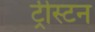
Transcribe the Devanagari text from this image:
ट्रीस्टन